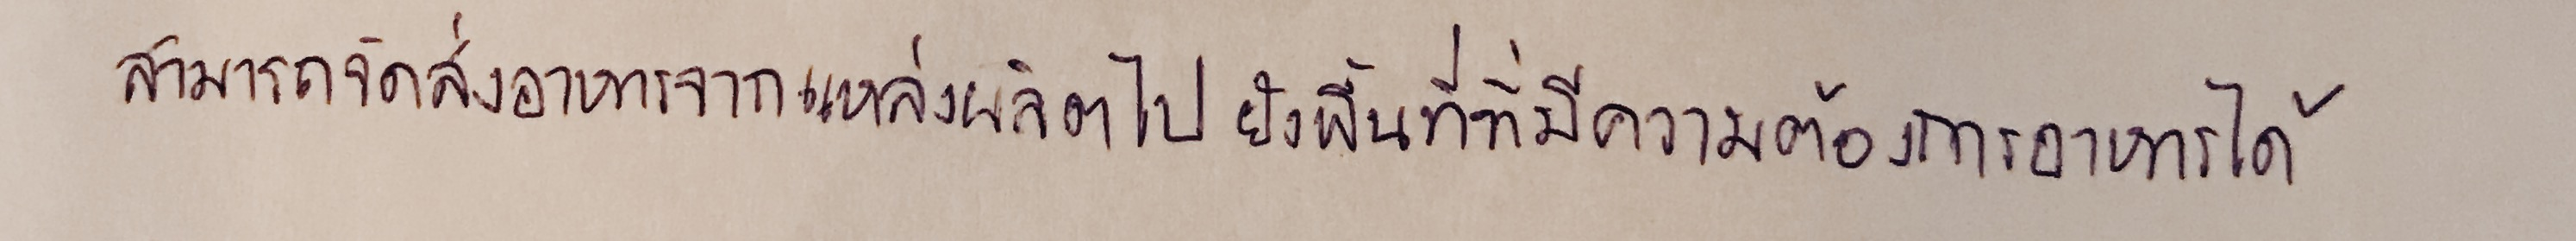
สามารถจัดส่งอาหารจากแหล่งผลิตไปยังพื้นที่ที่มีความต้องการอาหารได้